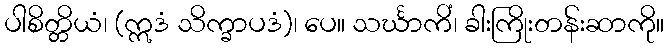
ပါစိတ္တိယံ၊ (ဣဒံ သိက္ခာပဒံ)၊ ပေ။ သင်္ဃာကိံ၊ ခါးကြိုးတန်းဆာကို။